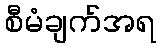
စီမံချက်အရ